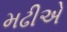
મઢીએ